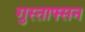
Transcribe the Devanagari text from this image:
गुस्ताफ्सन